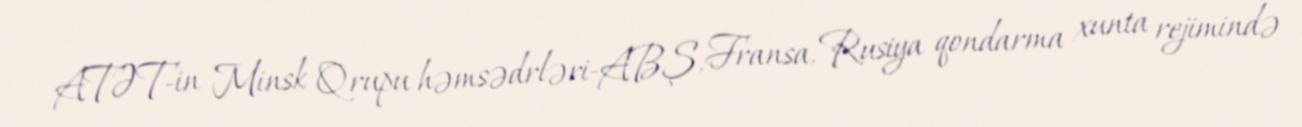
ATƏT-in Minsk Qrupu həmsədrləri-ABŞ, Fransa, Rusiya qondarma xunta rejimində